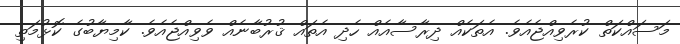
މަސައްކަތް ކުރެވިއްޖެއެވެ. އެތަކެއް ދިރާސާއެއް ހެދި އެތައް ޤުރުބާނެއް ވެވިއްޖެއެވެ. ކާމިޔާބުގެ ކޮޅުމަތި